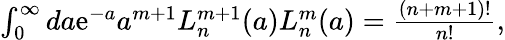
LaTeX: \begin{array}{r}{\int_{0}^{\infty}da\mathrm{e}^{-a}a^{m+1}L_{n}^{m+1}(a)L_{n}^{m}(a)=\frac{(n+m+1)!}{n!},}\end{array}